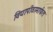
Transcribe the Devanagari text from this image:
विद्यापीठामार्फत